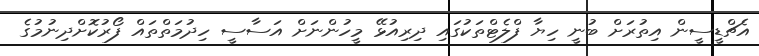
އެޗްޑީސީން އިތުރަށް ބުނީ ހިޔާ ފްލެޓްތަކުގައި ދިރިއުޅޭ މީހުންނަށް އަސާސީ ހިދުމަތްތައް ފޯރުކޮށްދިނުމުގެ